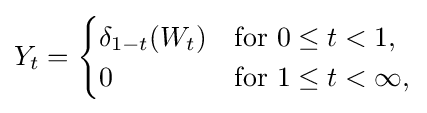
Y_{t}={\begin{cases}\delta _{1-t}(W_{t})&{\text{for }}0\leq t<1,\\0&{\text{for }}1\leq t<\infty ,\end{cases}}